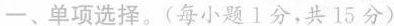
一、单项选择。(每小题1分，共 15 分)